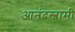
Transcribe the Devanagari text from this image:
आनंदस्वामी